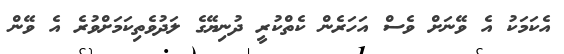
އެކަމަކު އެ ވޭނަށް ވެސް އަހަރެން ކެތްކުރީ ދުނިޔޭގެ ލަދުވެތިކަމަށްވުރެ އެ ވޭން